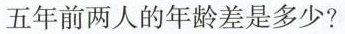
五年前两人的年龄差是多少?